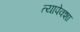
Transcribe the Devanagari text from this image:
त्यापेक्शा